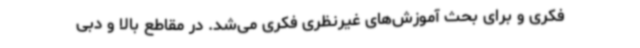
فکری و برای بحث آموزش‌های غیرنظری فکری می‌شد. در مقاطع بالا و دبی